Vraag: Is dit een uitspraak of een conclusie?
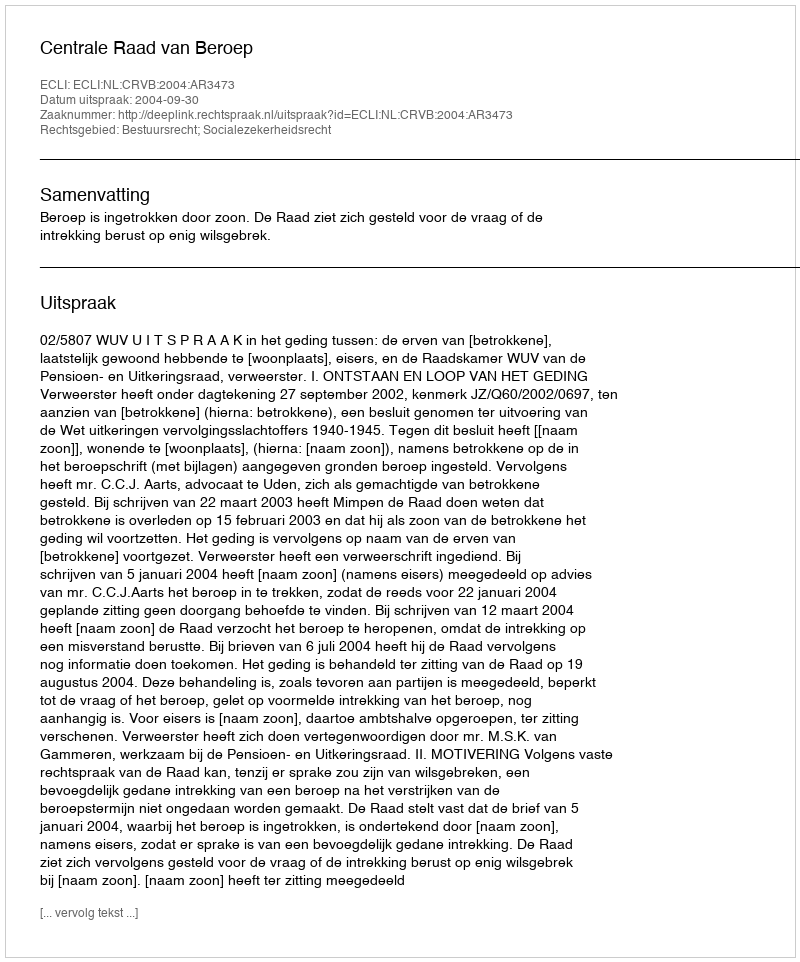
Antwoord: Uitspraak